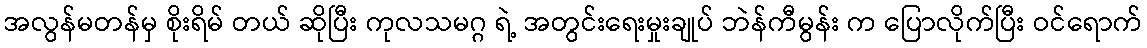
အလွန်မတန်မှ စိုးရိမ် တယ် ဆိုပြီး ကုလသမဂ္ဂ ရဲ့ အတွင်းရေးမှုးချုပ် ဘဲန်ကီမွန်း က ပြောလိုက်ပြီး ဝင်ရောက်